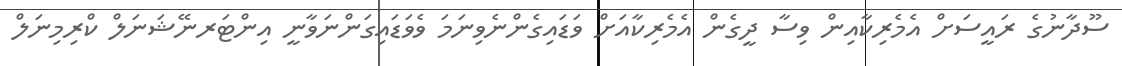
ސޫދާނުގެ ރައީސަށް އެމެރިކާއިން ވިސާ ދީގެން އެމެރިކާއަށް ވަޑައިގެންނެވިނަމަ ވެވަޑައިގަންނަވާނީ އިންޓަރނޭޝަނަލް ކްރިމިނަލް